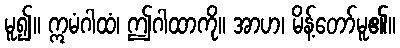
မူ၍။ ဣမံဂါထံ၊ ဤဂါထာကို။ အာဟ၊ မိန့်တော်မူ၏။